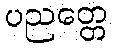
ပညတ္တေ